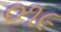
૦૧૯